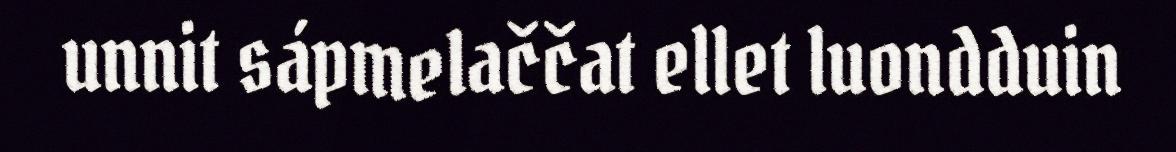
unnit sápmelaččat ellet luondduin